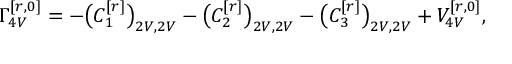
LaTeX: \Gamma _ { 4 V } ^ { [ r , 0 ] } = - \big ( C _ { 1 } ^ { [ r ] } \big ) _ { 2 V , 2 V } - \big ( C _ { 2 } ^ { [ r ] } \big ) _ { 2 V , 2 V } - \big ( C _ { 3 } ^ { [ r ] } \big ) _ { 2 V , 2 V } + V _ { 4 V } ^ { [ r , 0 ] } ,